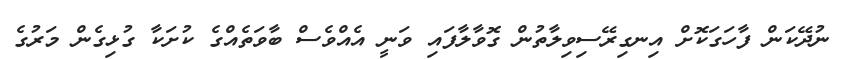
ނުދޭކަން ފާހަގަކޮށް އިނގިރޭސިވިލާތުން ގޮވާލާފައި ވަނީ އެއްވެސް ބާވަތެއްގެ ކުށަކާ ގުޅިގެން މަރުގެ